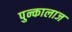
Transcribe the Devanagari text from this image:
पुन्कालाज